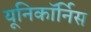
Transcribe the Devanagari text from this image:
यूनिकॉर्निस